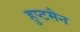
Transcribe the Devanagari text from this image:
हुप्टमैन